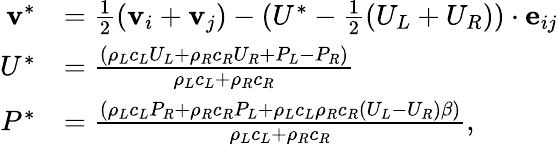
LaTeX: \begin{array}{rl}{\textbf{v}^{*}}&{=\frac{1}{2}(\textbf{v}_{i}+\textbf{v}_{j})-(U^{*}-\frac{1}{2}(U_{L}+U_{R}))\cdot\textbf{e}_{ij}}\\ {U^{*}}&{=\frac{(\rho_{L}c_{L}U_{L}+\rho_{R}c_{R}U_{R}+P_{L}-P_{R})}{\rho_{L}c_{L}+\rho_{R}c_{R}}}\\ {P^{*}}&{=\frac{\left(\rho_{L}c_{L}P_{R}+\rho_{R}c_{R}P_{L}+\rho_{L}c_{L}\rho_{R}c_{R}\left(U_{L}-U_{R}\right)\beta\right)}{\rho_{L}c_{L}+\rho_{R}c_{R}},}\end{array}